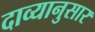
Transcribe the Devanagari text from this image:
दाव्यानुसार